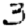
Digit: 3